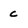
Character: c